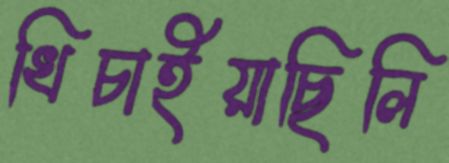
খিচাইয়াছিলি